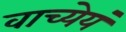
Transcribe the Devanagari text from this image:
वाच्येयं